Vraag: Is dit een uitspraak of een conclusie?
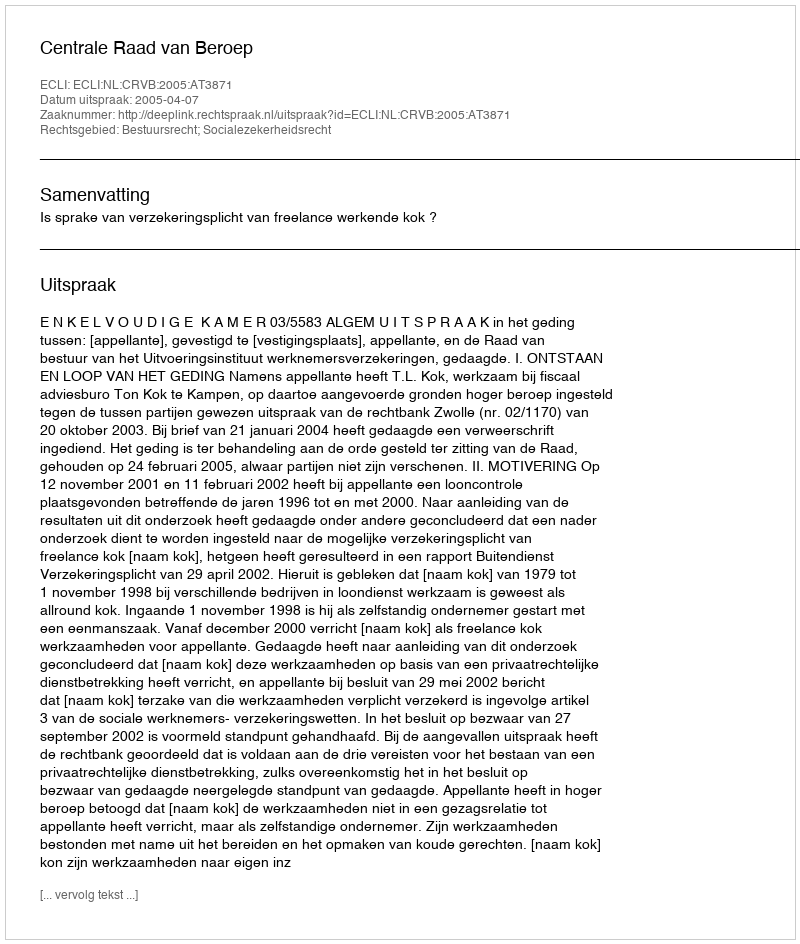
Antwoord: Uitspraak